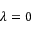
\lambda = 0